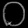
Digit: ၀